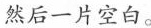
然后一片空白。